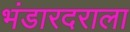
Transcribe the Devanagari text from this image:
भंडारदराला